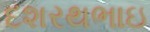
દશરથભાઇ